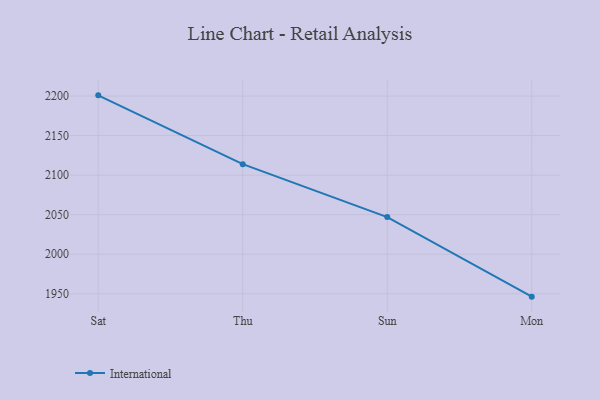
{"axis": {"x": "Day", "y": "Active Users"}, "legend": ["International"], "data": [{"x": "Sat", "y": 2200.9, "type": "International"}, {"x": "Thu", "y": 2113.9, "type": "International"}, {"x": "Sun", "y": 2046.9, "type": "International"}, {"x": "Mon", "y": 1946.3, "type": "International"}]}